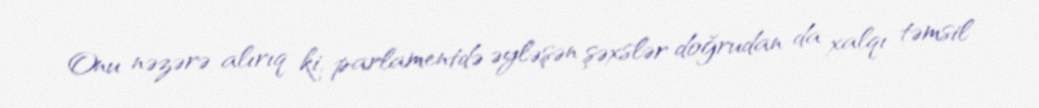
Onu nəzərə alırıq ki, parlamentdə əyləşən şəxslər doğrudan da xalqı təmsil